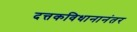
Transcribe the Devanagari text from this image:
दत्तकविधानानंतर